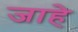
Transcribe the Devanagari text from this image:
जाहे